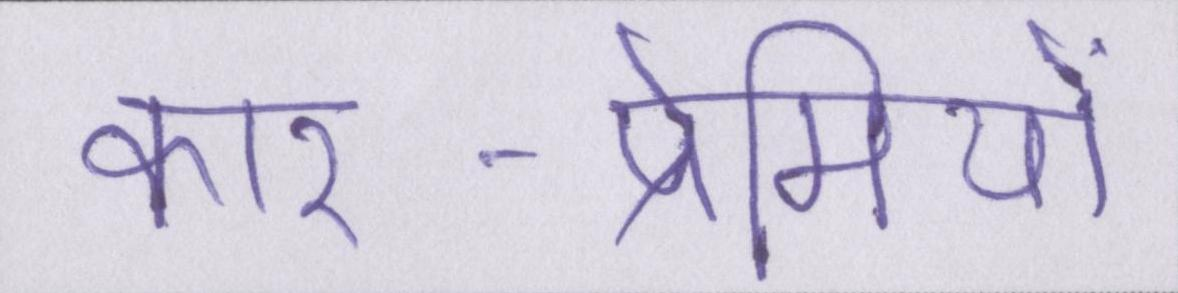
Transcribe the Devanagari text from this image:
कार-प्रेमियों